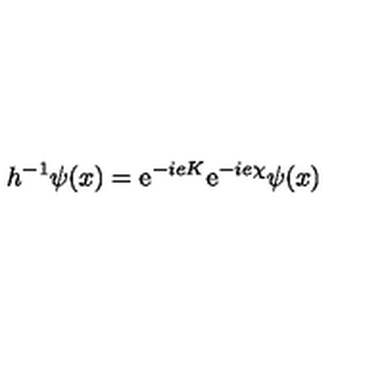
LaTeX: { h ^ { - 1 } \psi ( x ) = \mathrm { e } ^ { - i e K } \mathrm { e } ^ { - i e \chi } \psi ( x ) }